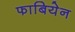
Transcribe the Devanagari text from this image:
फाबियेन